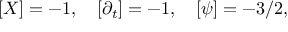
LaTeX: [ X ] = - 1 , \quad [ \partial _ { t } ] = - 1 , \quad [ \psi ] = - 3 / 2 ,